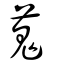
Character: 蒐